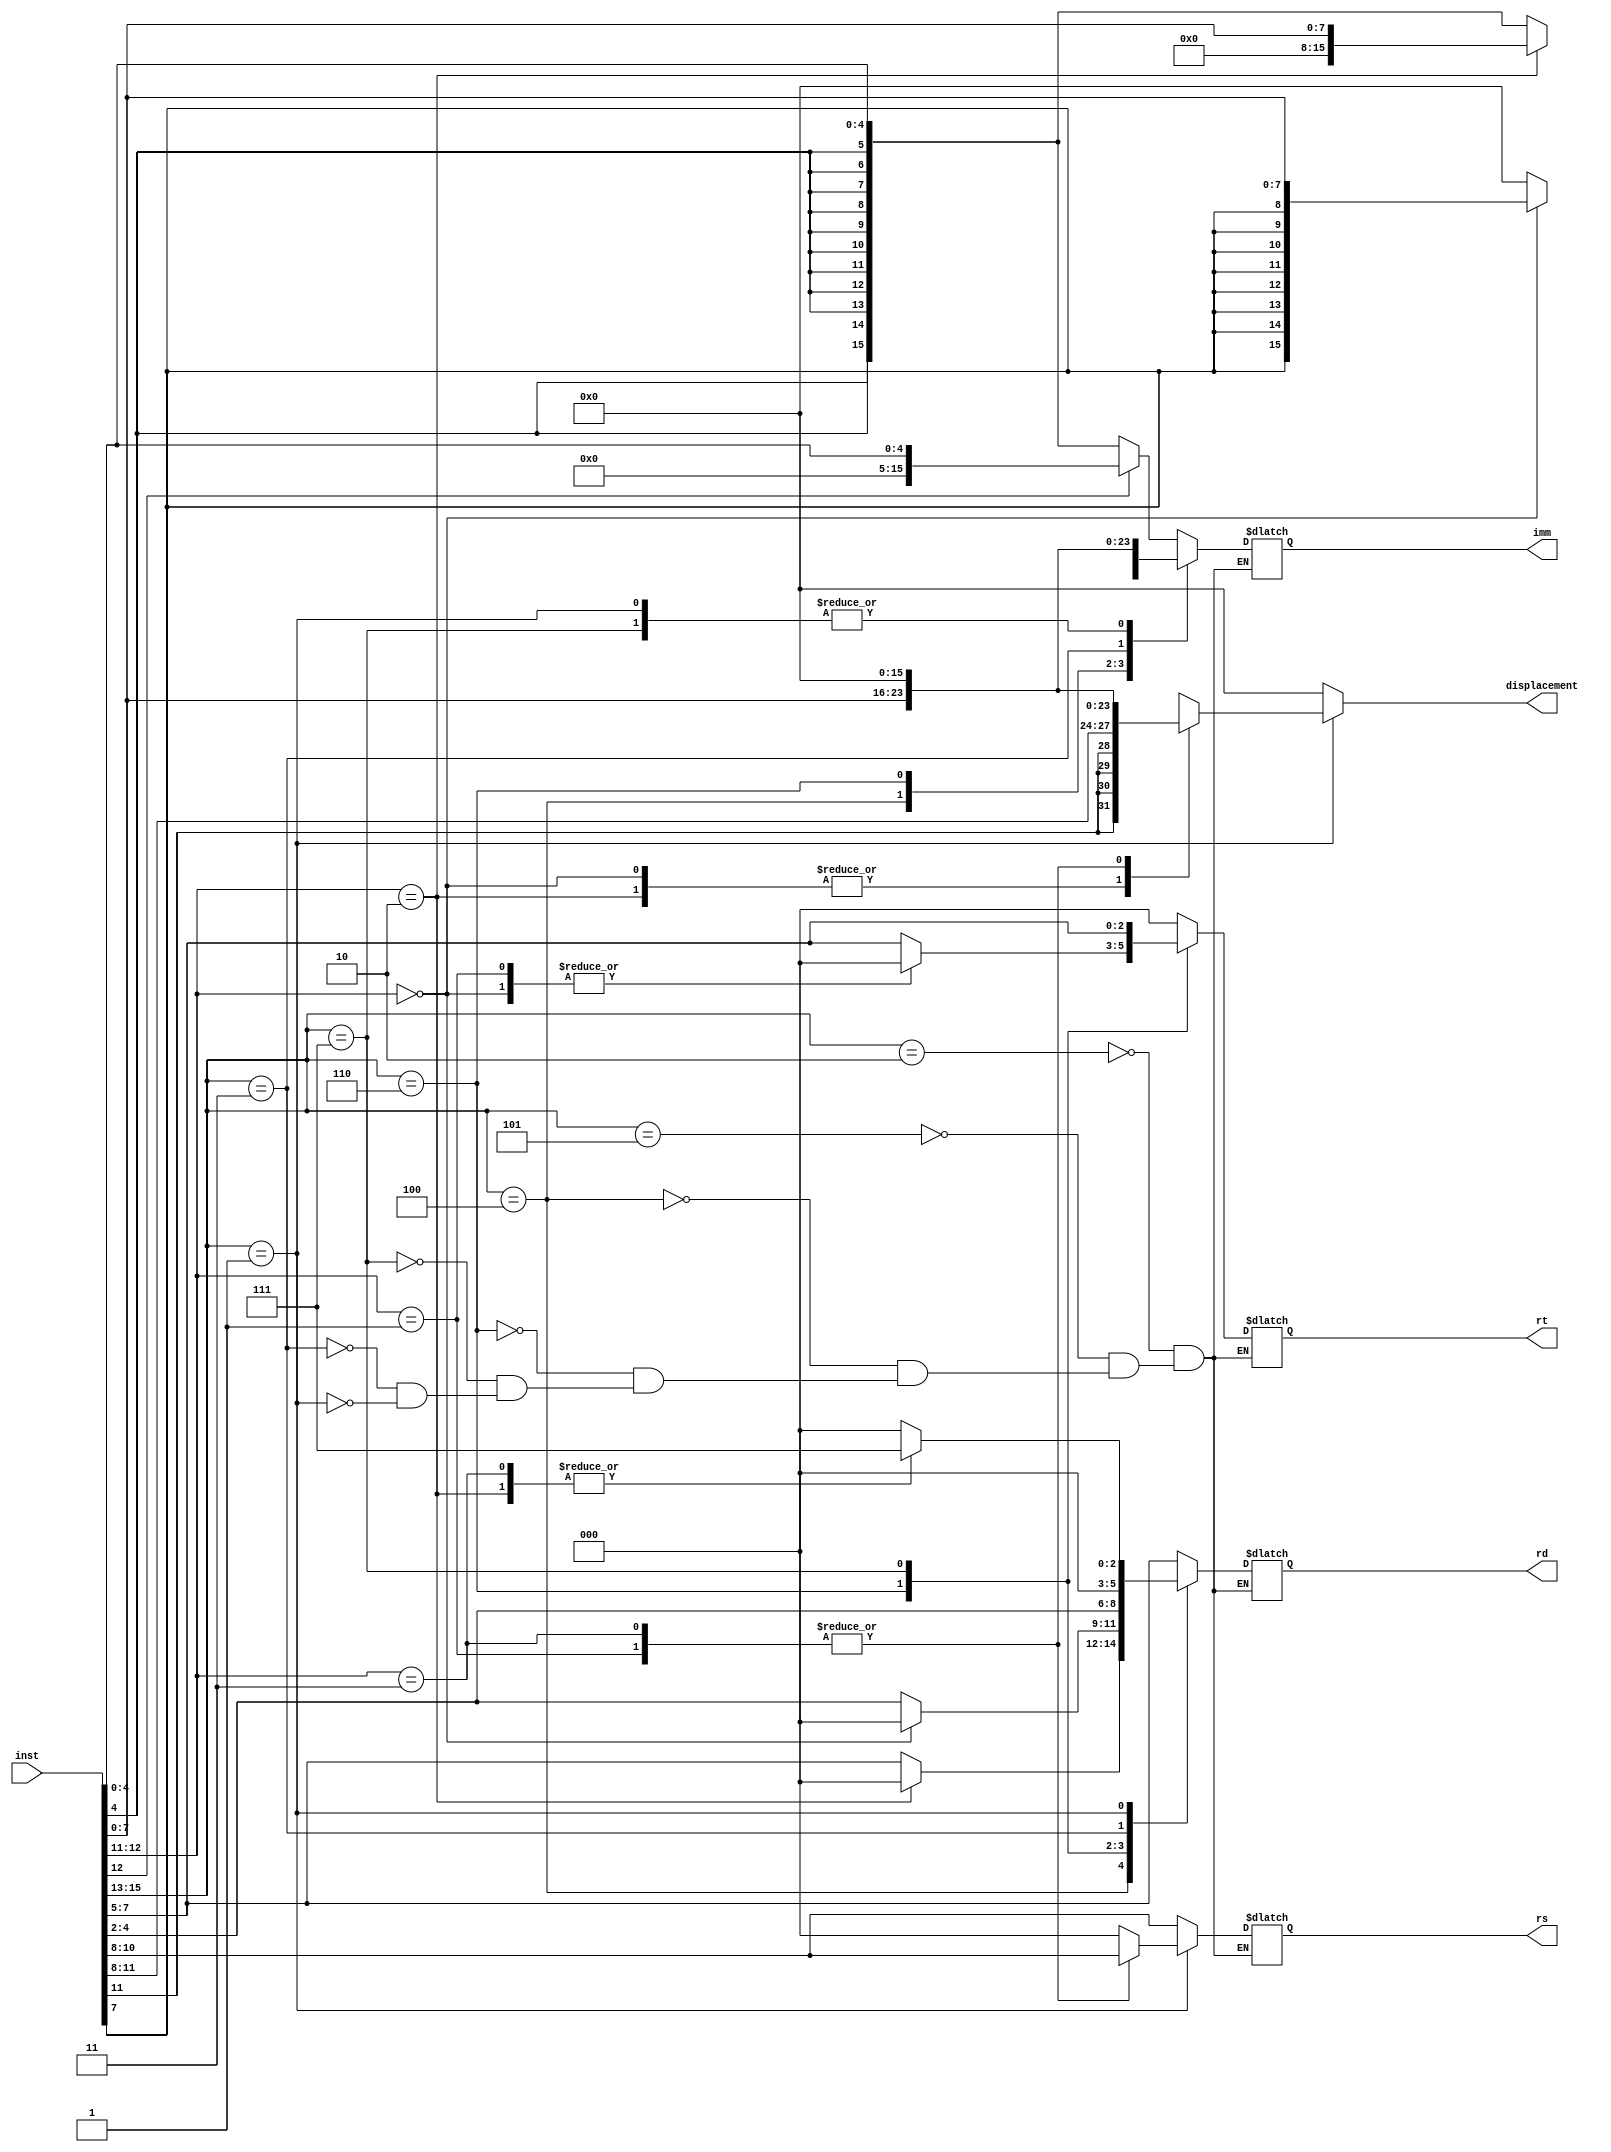
module decoder(inst,rt,rs,rd,imm,displacement);

  input[15:0] inst;
  
  output reg [2:0] rt,rs,rd;
  output reg [15:0] imm;
  output reg [15:0] displacement;

  always @* begin
    displacement = 16'h0000;
    case (inst[15:13])
    //I format
    3'b010: 
    begin
      rs = inst[10:8];
      rd = inst[7:5];
      rt = 3'h0;
      case (inst[12])
      1'b0:
        imm = {{11{inst[4]}},inst[4:0]};
      1'b1:
        imm = {{11{1'b0}},inst[4:0]};
      endcase
    end
    
    3'b101:
    begin
      rs = inst[10:8];
      rd = inst[7:5];
      rt = 3'h0;
      imm = {{11{inst[4]}},inst[4:0]};
    end
    
    3'b100:
    begin
      case (inst[12:11])
      2'b10:
      begin
        rs = inst[10:8];
        imm = {{8{1'b0}},inst[7:0]};
        rd = 3'h0;
        rt = 3'h0;
      end
      default:
      begin
        rs = inst[10:8];
        rd = inst [7:5];
        rt = 3'h0;
        imm = {{11{inst[4]}},inst[4:0]};
      end
      endcase
    end

    //R format
    3'b110:
    begin
      case (inst[12:11])
      2'b00:
      begin
        rs = inst[10:8];
        imm = {{8{inst[7]}},inst[7:0]};
        rd = 3'h0;

        rt = 3'h0;
      end
      2'b01:
      begin
        rs = inst[10:8];
        rd = inst[4:2];
        imm = 16'h0000;
        rt = 3'h0;
      end
      default:
      begin
        rd = inst[4:2];
        rs = inst[10:8];
        rt = inst[7:5];
        imm = 16'h0000;
      end
      endcase
    end
    
    3'b111:
    begin
      rd = inst[4:2];
      rs = inst[10:8];
      rt = inst[7:5];
      imm = 16'h0000;
    end
    
    //Br immediate
    3'b011:
    begin
      rs = inst[10:8];
      imm = {{8{inst[7]}},inst[7:0]};
      rd = 3'h0;
      rt = 3'h0;
    end
   
    //JMP
    3'b001:
    begin
      case (inst[12:11])
      2'b00:begin
        displacement = {{5{inst[11]}},inst[10:0]};
        imm = 16'h0000;
        rs = 3'h0;
        rd = 3'h0;
        rt = 3'h0;
      end
 
      2'b01:begin
        imm = {{8{inst[7]}},inst[7:0]};
        rs = inst[10:8];
        rd = 3'h0;
        rt = 3'h0;
        imm = 16'h0000;
      end
   
      2'b10:begin
        displacement = {{5{inst[11]}},inst[10:0]};
        imm = 16'h0000;
        rs = 3'h0;
        rd = 3'b111;
        rt = 3'h0;
      end
 
      2'b11:begin
        imm = {{8{inst[7]}},inst[7:0]};
        rs = inst[10:8];
        rd = 3'b111;
        rt = 3'h0;
        imm = 16'h0000;
      end
      endcase
    end
    endcase
  end
endmodule